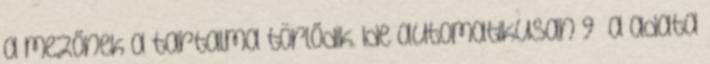
a mezőnek a tartalma törlődik. Ide automatikusan 9 a adata